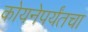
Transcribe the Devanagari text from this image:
कोयनेपर्यंतचा